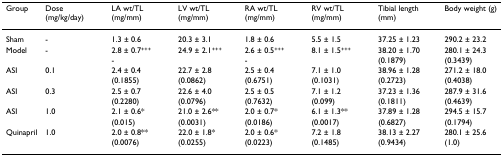
<table><thead><tr><td><b>Group</b></td><td><b>Dose (mg/kg/day)</b></td><td><b>LA wt/TL (mg/mm)</b></td><td><b>LV wt/TL (mg/mm)</b></td><td><b>RA wt/TL (mg/mm)</b></td><td><b>RV wt/TL (mg/mm)</b></td><td><b>Tibial length (mm)</b></td><td><b>Body weight (g)</b></td></tr></thead><tbody><tr><td>Sham</td><td>-</td><td>1.3 ± 0.6</td><td>20.3 ± 3.1</td><td>1.8 ± 0.6</td><td>5.5 ± 1.5</td><td>37.25 ± 1.23</td><td>290.2 ± 23.2</td></tr><tr><td>Model</td><td>-</td><td>2.8 ± 0.7<sup>+++</sup></td><td>24.9 ± 2.1<sup>+++</sup></td><td>2.6 ± 0.5<sup>+++</sup></td><td>8.1 ± 1.5<sup>+++</sup></td><td>38.20 ± 1.70</td><td>280.1 ± 24.3</td></tr><tr><td></td><td></td><td>-</td><td></td><td>-</td><td></td><td>(0.1879)</td><td>(0.3439)</td></tr><tr><td>ASI</td><td>0.1</td><td>2.4 ± 0.4</td><td>22.7 ± 2.8</td><td>2.5 ± 0.4</td><td>7.1 ± 1.0</td><td>38.96 ± 1.28</td><td>271.2 ± 18.0</td></tr><tr><td></td><td></td><td>(0.1855)</td><td>(0.0862)</td><td>(0.6751)</td><td>(0.1031)</td><td>(0.2723)</td><td>(0.4038)</td></tr><tr><td>ASI</td><td>0.3</td><td>2.5 ± 0.7</td><td>22.6 ± 4.0</td><td>2.5 ± 0.5</td><td>7.1 ± 1.2</td><td>37.23 ± 1.36</td><td>287.9 ± 31.6</td></tr><tr><td></td><td></td><td>(0.2280)</td><td>(0.0796)</td><td>(0.7632)</td><td>(0.099)</td><td>(0.1811)</td><td>(0.4639)</td></tr><tr><td>ASI</td><td>1.0</td><td>2.1 ± 0.6*</td><td>21.0 ± 2.6**</td><td>2.0 ± 0.7*</td><td>6.1 ± 1.3**</td><td>37.89 ± 1.28</td><td>294.5 ± 15.7</td></tr><tr><td></td><td></td><td>(0.015)</td><td>(0.0031)</td><td>(0.0186)</td><td>(0.0017)</td><td>(0.6827)</td><td>(0.1794)</td></tr><tr><td>Quinapril</td><td>1.0</td><td>2.0 ± 0.8**</td><td>22.0 ± 1.8*</td><td>2.0 ± 0.6*</td><td>7.2 ± 1.8</td><td>38.13 ± 2.27</td><td>280.1 ± 25.6</td></tr><tr><td></td><td></td><td>(0.0076)</td><td>(0.0255)</td><td>(0.0223)</td><td>(0.1485)</td><td>(0.9434)</td><td>(1.0)</td></tr></tbody></table>